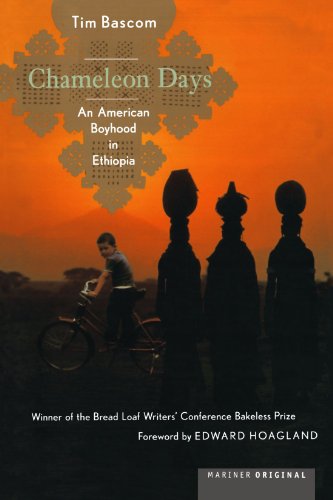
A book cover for Chameleon Days: An American Boyhood in Ethiopia; Tim Bascom; Travel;